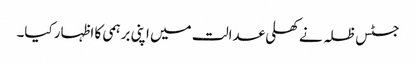
جسٹس ظلہ نے کھلی عدالت میں اپنی برہمی کا اظہار کیا۔